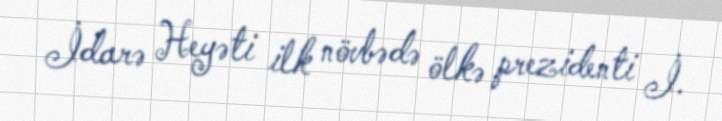
İdarə Heyəti ilk növbədə ölkə prezidenti İ.